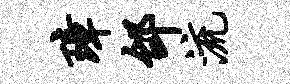
璋邰流